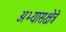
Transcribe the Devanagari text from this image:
अभ्यासक्षेत्रे